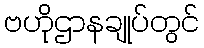
ဗဟိုဌာနချုပ်တွင်